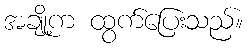
အချို့က ထွက်ပြေးသည်။